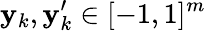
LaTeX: \mathbf{y}_{k},\mathbf{y}_{k}^{\prime}\in[-1,1]^{m}